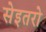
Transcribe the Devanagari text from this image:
सेइतरो